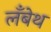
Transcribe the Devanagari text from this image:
लँबेथ